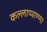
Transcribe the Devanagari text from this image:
कल्लाप्पाण्णा